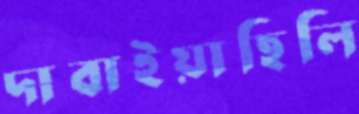
দাবাইয়াছিলি